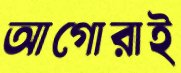
আগোরাই